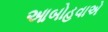
આબોહવાએ